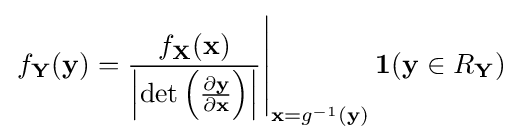
\left.f_{\mathbf {Y} }(\mathbf {y} )={\frac {f_{\mathbf {X} }(\mathbf {x} )}{\left|\det \left({\frac {\partial \mathbf {y} }{\partial \mathbf {x} }}\right)\right|}}\right|_{\mathbf {x} =g^{-1}(\mathbf {y} )}\mathbf {1} (\mathbf {y} \in R_{\mathbf {Y} })